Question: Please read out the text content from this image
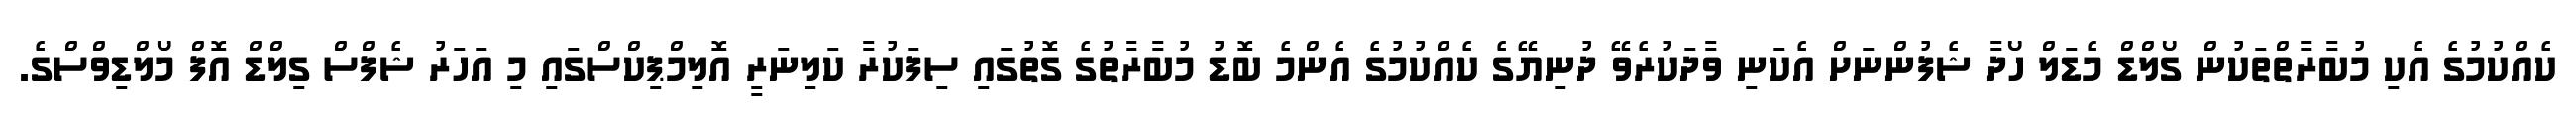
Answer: ކެއްކުމުގެ އެކި މުބާރާތްތަކުން ގޯލްޑް މެޑަލް ހޯދާ ޝެފުންނަށް އެކަނި ވާދަކުރެވޭ ދުނިޔޭގެ ކެއްކުމުގެ އެންމެ ބޮޑު މުބާރާތުގެ ގޮތުގައި ސިފަކުރާ ކަލިނަރީ އޮލިމްޕިކްސްގައި މި އަހަރު ޝެފްސް ގިލްޑް އޮފް މޯލްޑިވްސްގެ.